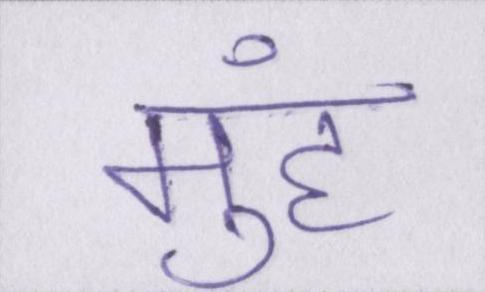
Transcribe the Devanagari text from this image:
मुंह